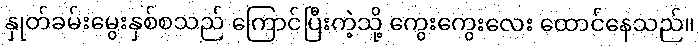
နှုတ်ခမ်းမွေးနှစ်စသည် ကြောင်ပြီးကဲ့သို့ ကွေးကွေးလေး ထောင်နေသည်။